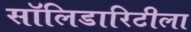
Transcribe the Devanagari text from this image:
सॉलिडारिटीला